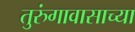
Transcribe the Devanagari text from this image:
तुरुंगावासाच्या